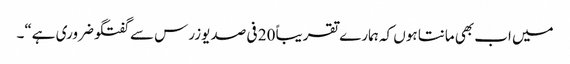
میں اب بھی مانتا ہوں کہ ہمارے تقریباً 20 فی صد یوزرس سے گفتگو ضروری ہے“۔